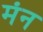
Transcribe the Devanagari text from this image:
मंन